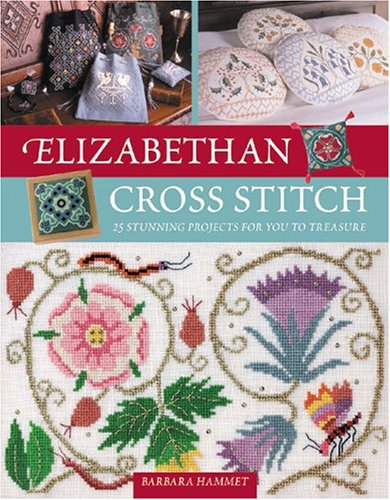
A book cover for Elizabethan Cross Stitch; Barbara Hammet; Crafts, Hobbies & Home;